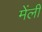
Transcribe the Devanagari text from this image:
मेंली